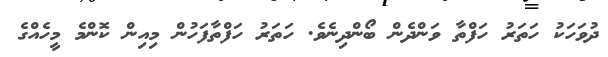
ދުވަހަކު ހަތަރު ހަފްތާ ވަންދެން ބޯންދިނެވެ. ހަތަރު ހަފްތާފަހުން މިއިން ކޮންމެ މީހެއްގެ